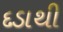
દડાથી